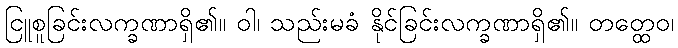
ငြူစူခြင်းလက္ခဏာရှိ၏။ ဝါ၊ သည်းမခံ နိုင်ခြင်းလက္ခဏာရှိ၏။ တတ္ထေဝ၊